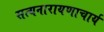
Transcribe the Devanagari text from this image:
सत्यनारायणाचार्य